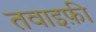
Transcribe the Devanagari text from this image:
तवाइफ़ी